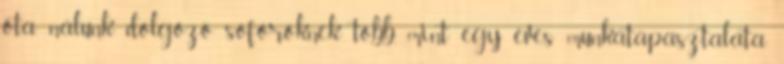
óta nálunk dolgozó sofőröknek több, mint egy éves munkatapasztalata